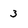
Character: 3